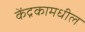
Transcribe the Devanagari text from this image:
केंद्रकामधील